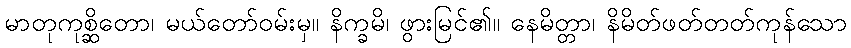
မာတုကုစ္ဆိတော၊ မယ်တော်ဝမ်းမှ။ နိက္ခမိ၊ ဖွားမြင်၏။ နေမိတ္တာ၊ နိမိတ်ဖတ်တတ်ကုန်သော